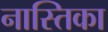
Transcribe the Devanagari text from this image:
नास्तिका